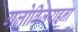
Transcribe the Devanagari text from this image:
गलोबिजराइना